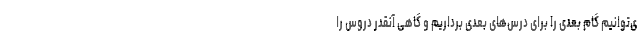
ی‌توانیم گام بعدی را برای درس‌های بعدی برداریم و گاهی آنقدر دروس را